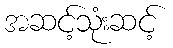
အဆင့်သုံးဆင့်